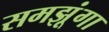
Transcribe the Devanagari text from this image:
समझूंगा